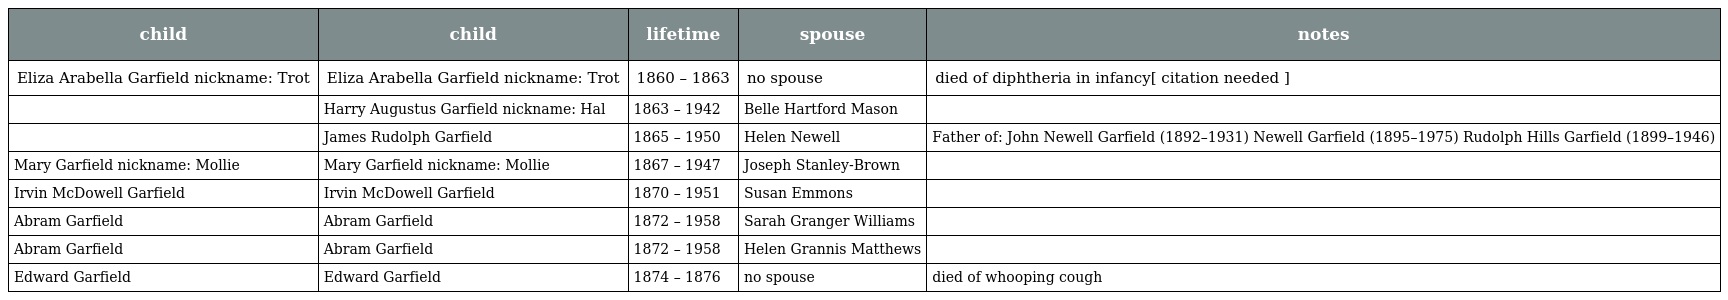
| child | child | lifetime | spouse | notes |
 | --- | --- | --- | --- | --- |
 | Eliza Arabella Garfield nickname: Trot | Eliza Arabella Garfield nickname: Trot | 1860 – 1863 | no spouse | died of diphtheria in infancy[ citation needed ] |
 |  | Harry Augustus Garfield nickname: Hal | 1863 – 1942 | Belle Hartford Mason |  |
 |  | James Rudolph Garfield | 1865 – 1950 | Helen Newell | Father of: John Newell Garfield (1892–1931) Newell Garfield (1895–1975) Rudolph Hills Garfield (1899–1946) |
 | Mary Garfield nickname: Mollie | Mary Garfield nickname: Mollie | 1867 – 1947 | Joseph Stanley-Brown |  |
 | Irvin McDowell Garfield | Irvin McDowell Garfield | 1870 – 1951 | Susan Emmons |  |
 | Abram Garfield | Abram Garfield | 1872 – 1958 | Sarah Granger Williams |  |
 | Abram Garfield | Abram Garfield | 1872 – 1958 | Helen Grannis Matthews |  |
 | Edward Garfield | Edward Garfield | 1874 – 1876 | no spouse | died of whooping cough |